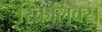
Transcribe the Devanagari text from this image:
स्किलिक्स